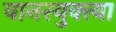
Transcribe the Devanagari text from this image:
वानरयुक्त्या